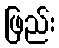
ဖြည်း